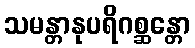
သမန္တာနုပရိဂစ္ဆန္တော